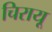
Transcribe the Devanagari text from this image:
चिरायू